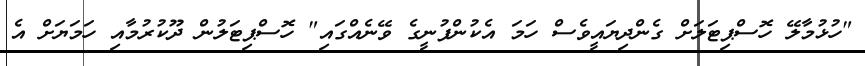
"ހުޅުމާލޭ ހޮސްޕިޓަލަށް ގެންދިޔައީވެސް ހަމަ އެކުންފުނީގެ ވޭނެއްގައި" ހޮސްޕިޓަލުން ދޫކުރުމާއި ހަމަޔަށް އެ